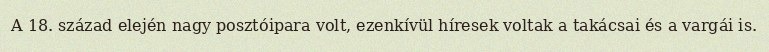
A 18. század elején nagy posztóipara volt, ezenkívül híresek voltak a takácsai és a vargái is.